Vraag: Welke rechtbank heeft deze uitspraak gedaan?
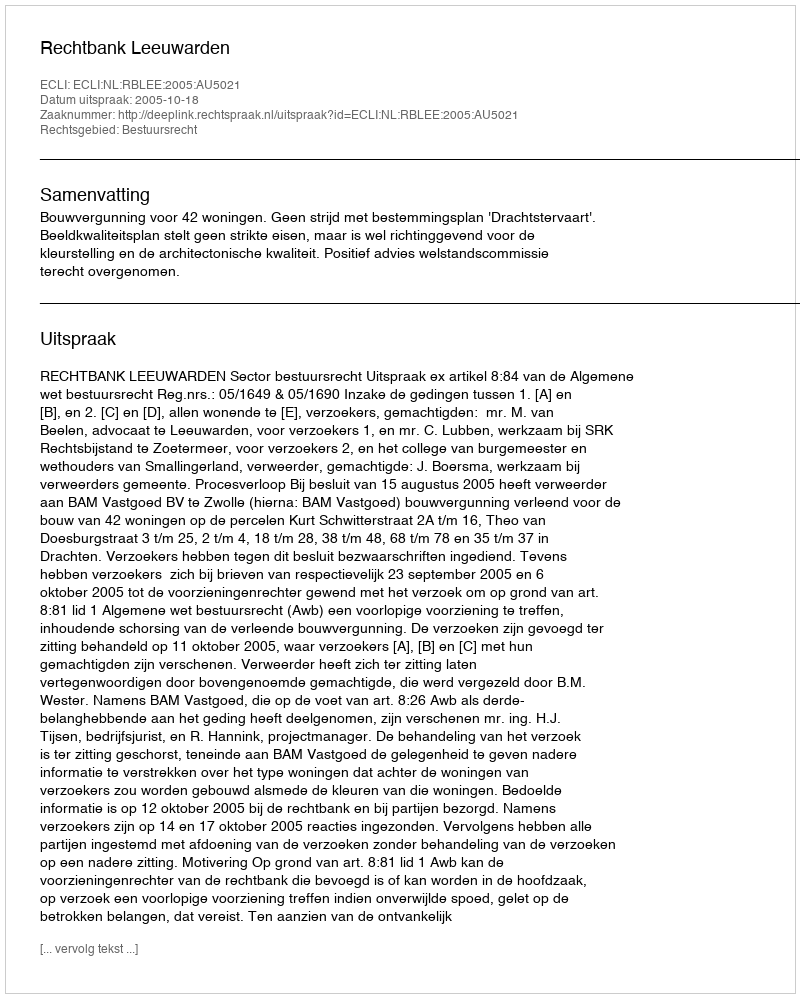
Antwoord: Rechtbank Leeuwarden